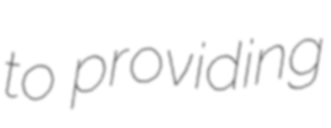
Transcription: to providing